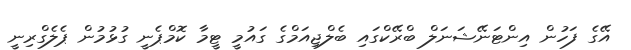
އޭގެ ފަހުން އިންޓަނޭޝަނަލް ބްރޭކްގައި ބެލްޖިއަމްގެ ގައުމީ ޓީމާ ކޮމްޕެނީ ގުޅުމުން ޕެލެގްރިނީ